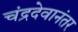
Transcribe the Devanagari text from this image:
चंद्रदेवानंतर